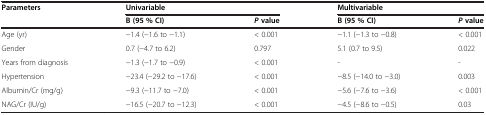
<table><thead><tr><td rowspan="2"><b>Parameters</b></td><td colspan="2"><b>Univariable</b></td><td colspan="2"><b>Multivariable</b></td></tr><tr><td><b>B (95 % CI)</b></td><td><b><i>P</i>value</b></td><td><b>B (95 % CI)</b></td><td><b><i>P</i>value</b></td></tr></thead><tbody><tr><td>Age (yr)</td><td>−1.4 (−1.6 to −1.1)</td><td>&lt; 0.001</td><td>−1.1 (−1.3 to −0.8)</td><td>&lt; 0.001</td></tr><tr><td>Gender</td><td>0.7 (−4.7 to 6.2)</td><td>0.797</td><td>5.1 (0.7 to 9.5)</td><td>0.022</td></tr><tr><td>Years from diagnosis</td><td>−1.3 (−1.7 to −0.9)</td><td>&lt; 0.001</td><td>-</td><td>-</td></tr><tr><td>Hypertension</td><td>−23.4 (−29.2 to −17.6)</td><td>&lt; 0.001</td><td>−8.5 (−14.0 to −3.0)</td><td>0.003</td></tr><tr><td>Albumin/Cr (mg/g)</td><td>−9.3 (−11.7 to −7.0)</td><td>&lt; 0.001</td><td>−5.6 (−7.6 to −3.6)</td><td>&lt; 0.001</td></tr><tr><td>NAG/Cr (IU/g)</td><td>−16.5 (−20.7 to −12.3)</td><td>&lt; 0.001</td><td>−4.5 (−8.6 to −0.5)</td><td>0.03</td></tr></tbody></table>